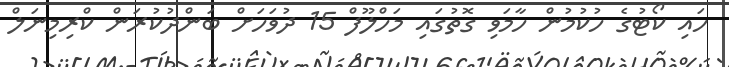
ހައި ކޯޓުގެ ހުކުމުން ހާމަވި ގޮތުގައި މަހްލޫފް 15 ދުވަހަށް ބަންދުކުރަން ކްރިމިނަލް